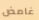
غامض